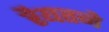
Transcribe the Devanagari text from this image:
रैयतने